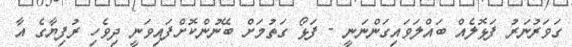
ގަވަރުނަރު ފަޅޮލެއް ބައްލަވައިގަންނަނީ - ފަޅޯ ގަތުމަށް ބޭނުންކޮށްފައިވަނީ ދިވެހި ރުފިޔާގެ އާ